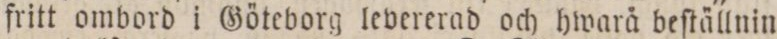
fritt ombord i Göteborg levererad och hwarå beſtällnin=